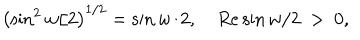
LaTeX: \left( \sin ^ { 2 } w / 2 \right) ^ { 1 / 2 } = \sin w / 2 , ~ R e \sin w / 2 ~ > ~ 0 ,